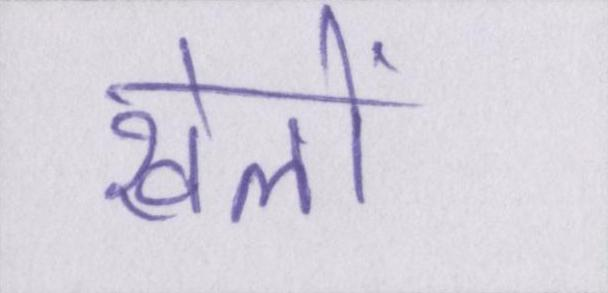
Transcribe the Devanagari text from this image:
खेलों